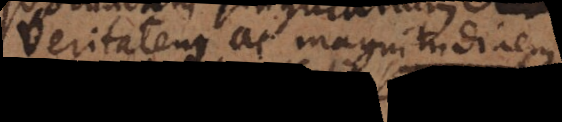
veritatem ac magnitudinem